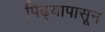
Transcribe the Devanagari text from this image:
पिढ्यापासून